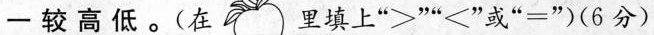
一较高低。(在 里填上”>””<”或”=”)(6分)